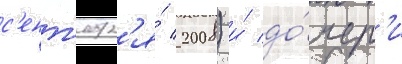
с'ент'ябр'я́ 2008) и́ до́чер'и